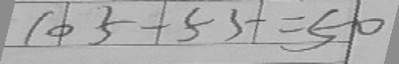
1 0 5 - 5 5 = 5 0